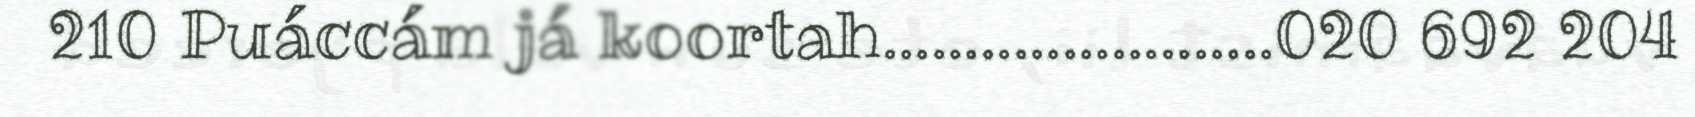
210 Puáccám já koortah........................020 692 204